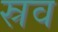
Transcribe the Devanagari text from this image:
स्रव